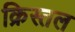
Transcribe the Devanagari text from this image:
क्रिस्तल